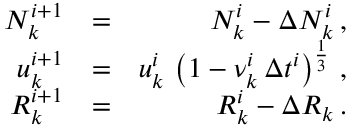
\begin{array} { r l r } { N _ { k } ^ { i + 1 } } & { = } & { N _ { k } ^ { i } - \Delta N _ { k } ^ { i } \, , } \\ { u _ { k } ^ { i + 1 } } & { = } & { u _ { k } ^ { i } \, \left( 1 - \nu _ { k } ^ { i } \, \Delta t ^ { i } \right) ^ { \frac { 1 } { 3 } } \, , } \\ { R _ { k } ^ { i + 1 } } & { = } & { R _ { k } ^ { i } - \Delta R _ { k } \, . } \end{array}